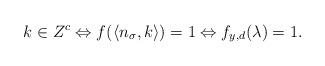
LaTeX: \begin{align*}k \in Z^c \Leftrightarrow f(\langle n_\sigma,k \rangle) = 1 \Leftrightarrow f_{y,d}(\lambda)=1.\end{align*}